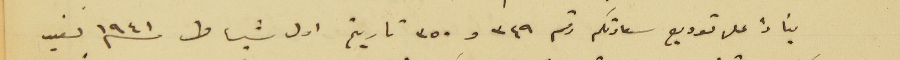
بناءً على توريع سعادتكم رقم ٣٤٩ و ٣٥٠ تاريخ اول شباط سنه ١٩٤١ نفيد